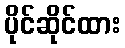
ပိုင်ဆိုင်ထား